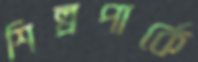
শিল্পপার্কে